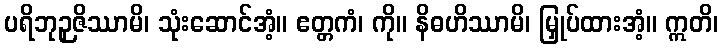
ပရိဘုဉှဇိဿာမိ၊ သုံးဆောင်အံ့။ ဧတ္တကံ၊ ကို။ နိဓဟိဿာမိ၊ မြှုပ်ထားအံ့။ ဣတိ၊